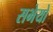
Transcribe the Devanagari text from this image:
सभेयो